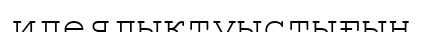
идеялықтуыстығын